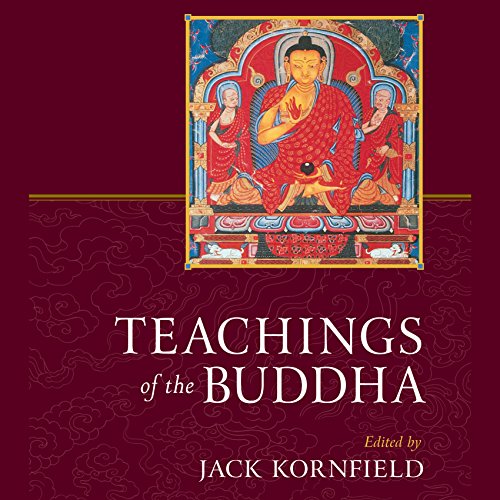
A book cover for Teachings of the Buddha: Revised and Expanded; Jack Kornfield (editor); Religion & Spirituality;